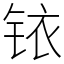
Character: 铱